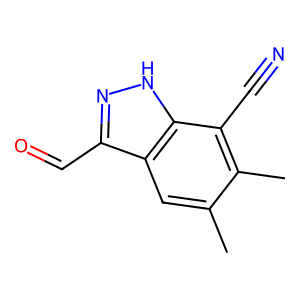
SMILES: Cc1cc2c(C=O)n[nH]c2c(C#N)c1C
Inhibits HIV replication: No